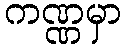
ကဏ္ဏမှာ